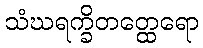
သံဃရက္ခိတတ္ထေရော